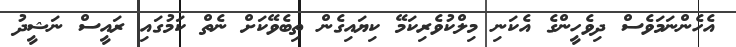
އެހެންނަމަވެސް ދިވެހީންގެ އެކަނި މިލްކުވެރިކަމޭ ކިޔައިގެން ތިބެވޭކަށް ނެތް ކަމުގައި ރައީސް ނަޝީދު